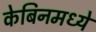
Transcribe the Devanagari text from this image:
केबिनमध्ये